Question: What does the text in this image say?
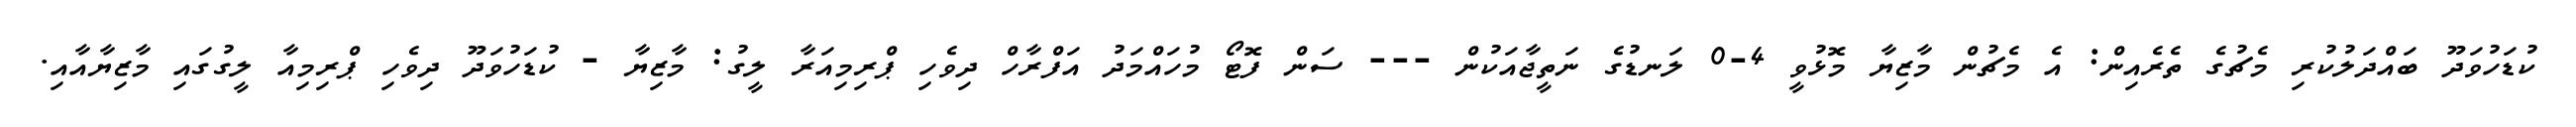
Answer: ކުޑަހުވަދޫ ބައްދަލުކުރި މެޗުގެ ތެރެއިން: އެ މެޗުން މާޒިޔާ މޮޅުވީ 4-0 ލަނޑުގެ ނަތީޖާއަކުން --- ސަން ފޮޓޯ މުހައްމަދު އަފްރާހް ދިވެހި ޕްރިމިއަރާ ލީގު: މާޒިޔާ - ކުޑަހުވަދޫ ދިވެހި ޕްރިމިއާ ލީގުގައި މާޒިޔާއާއި.